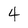
Character: 4